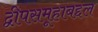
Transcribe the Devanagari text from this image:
द्वीपसमूहाबद्दल